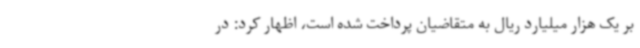
بر یک هزار میلیارد ریال به متقاضیان پرداخت شده است، اظهار کرد: در